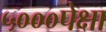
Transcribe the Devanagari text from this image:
५०००पेक्षा